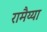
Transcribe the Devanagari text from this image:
रामैय्या